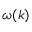
\omega ( k )